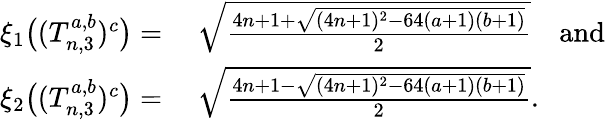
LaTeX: \begin{array}{rl}{\xi_{1}\big((T_{n,3}^{a,b})^{c}\big)=}&{~\sqrt{\frac{4n+1+\sqrt{(4n+1)^{2}-64(a+1)(b+1)}}{2}}\quad\mathrm{and}}\\ {\xi_{2}\big((T_{n,3}^{a,b})^{c}\big)=}&{~\sqrt{\frac{4n+1-\sqrt{(4n+1)^{2}-64(a+1)(b+1)}}{2}}.}\end{array}